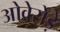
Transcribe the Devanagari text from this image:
ओवेर्रोड़े